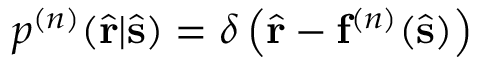
p ^ { ( n ) } ( \hat { \mathbf { r } } | \hat { \mathbf { s } } ) = \delta \left( \hat { \mathbf { r } } - \mathbf { f } ^ { ( n ) } ( \hat { \mathbf { s } } ) \right)